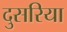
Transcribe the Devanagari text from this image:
दुसरिया